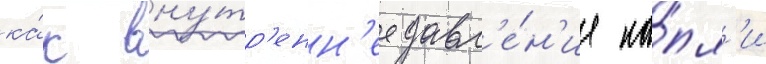
ка́к вну́тр'енн'ее давл'е́н'ие ка́пл'и